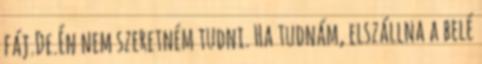
fáj.De.Én nem szeretném tudni. Ha tudnám, elszállna a belé